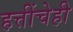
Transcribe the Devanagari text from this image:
हत्तींचेही